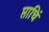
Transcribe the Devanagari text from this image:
प्ताचिं